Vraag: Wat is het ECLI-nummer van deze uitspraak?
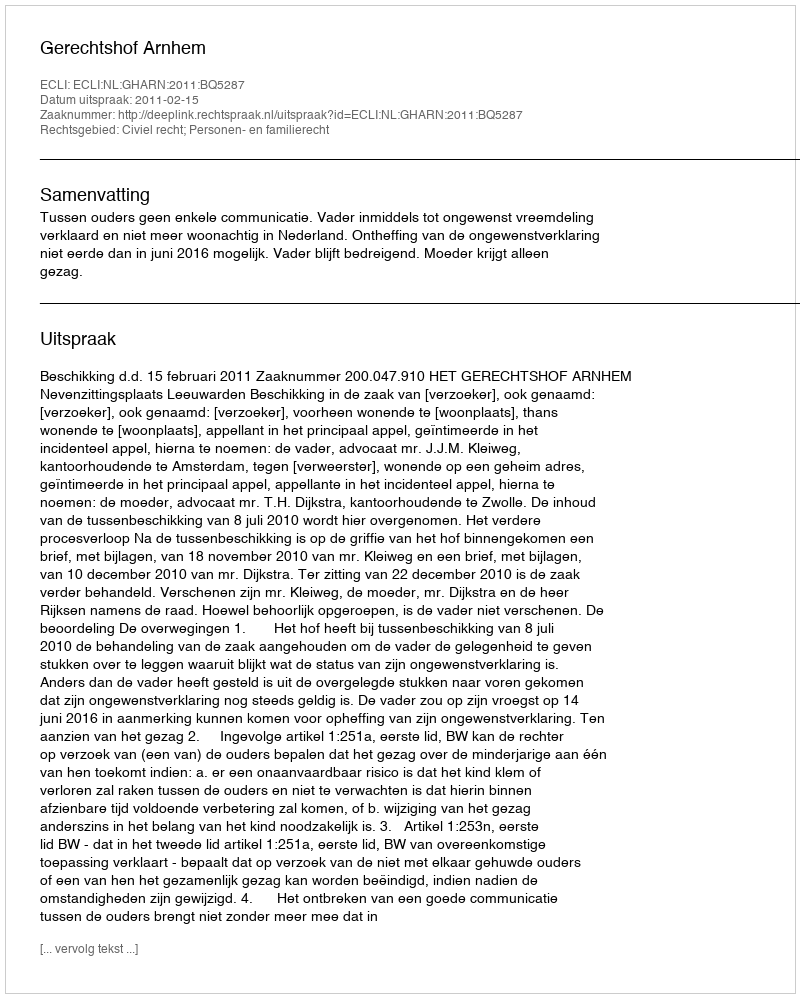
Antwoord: ECLI:NL:GHARN:2011:BQ5287